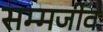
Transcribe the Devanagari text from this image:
सम्मजीव